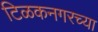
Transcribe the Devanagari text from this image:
टिळकनगरच्या